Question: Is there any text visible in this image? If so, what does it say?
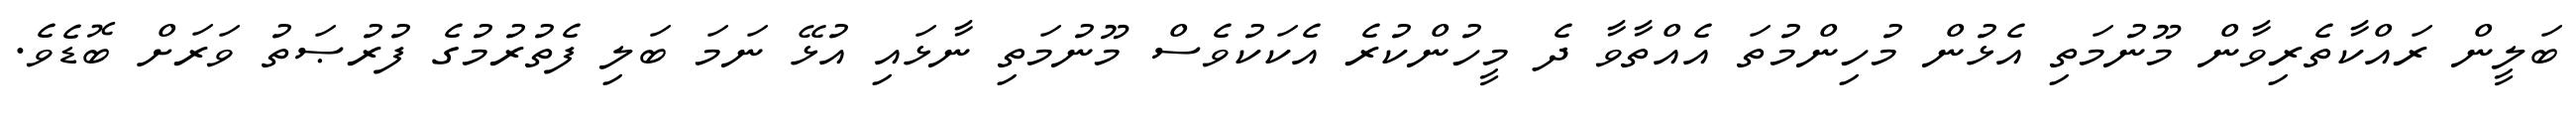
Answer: ބަލީން ރައްކާތެރިވާން މޫނުމަތި އެޅުން މުހިންމުތަ އެއްތާވާ ދެ މީހުންކުރެ އެކަކުވެސް މޫނުމަތި ނާޅައި އުޅޭ ނަމަ ބަލި ފެތުރުމުގެ ފުރުޞަތު ވަރަށް ބޮޑެވެ.